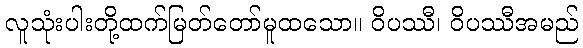
လူသုံးပါးတို့ထက်မြတ်တော်မူထသော။ ဝိပဿီ၊ ဝိပဿီအမည်